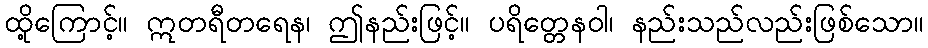
ထို့ကြောင့်။ ဣတရီတရေန၊ ဤနည်းဖြင့်။ ပရိတ္တေနဝါ၊ နည်းသည်လည်းဖြစ်သော။